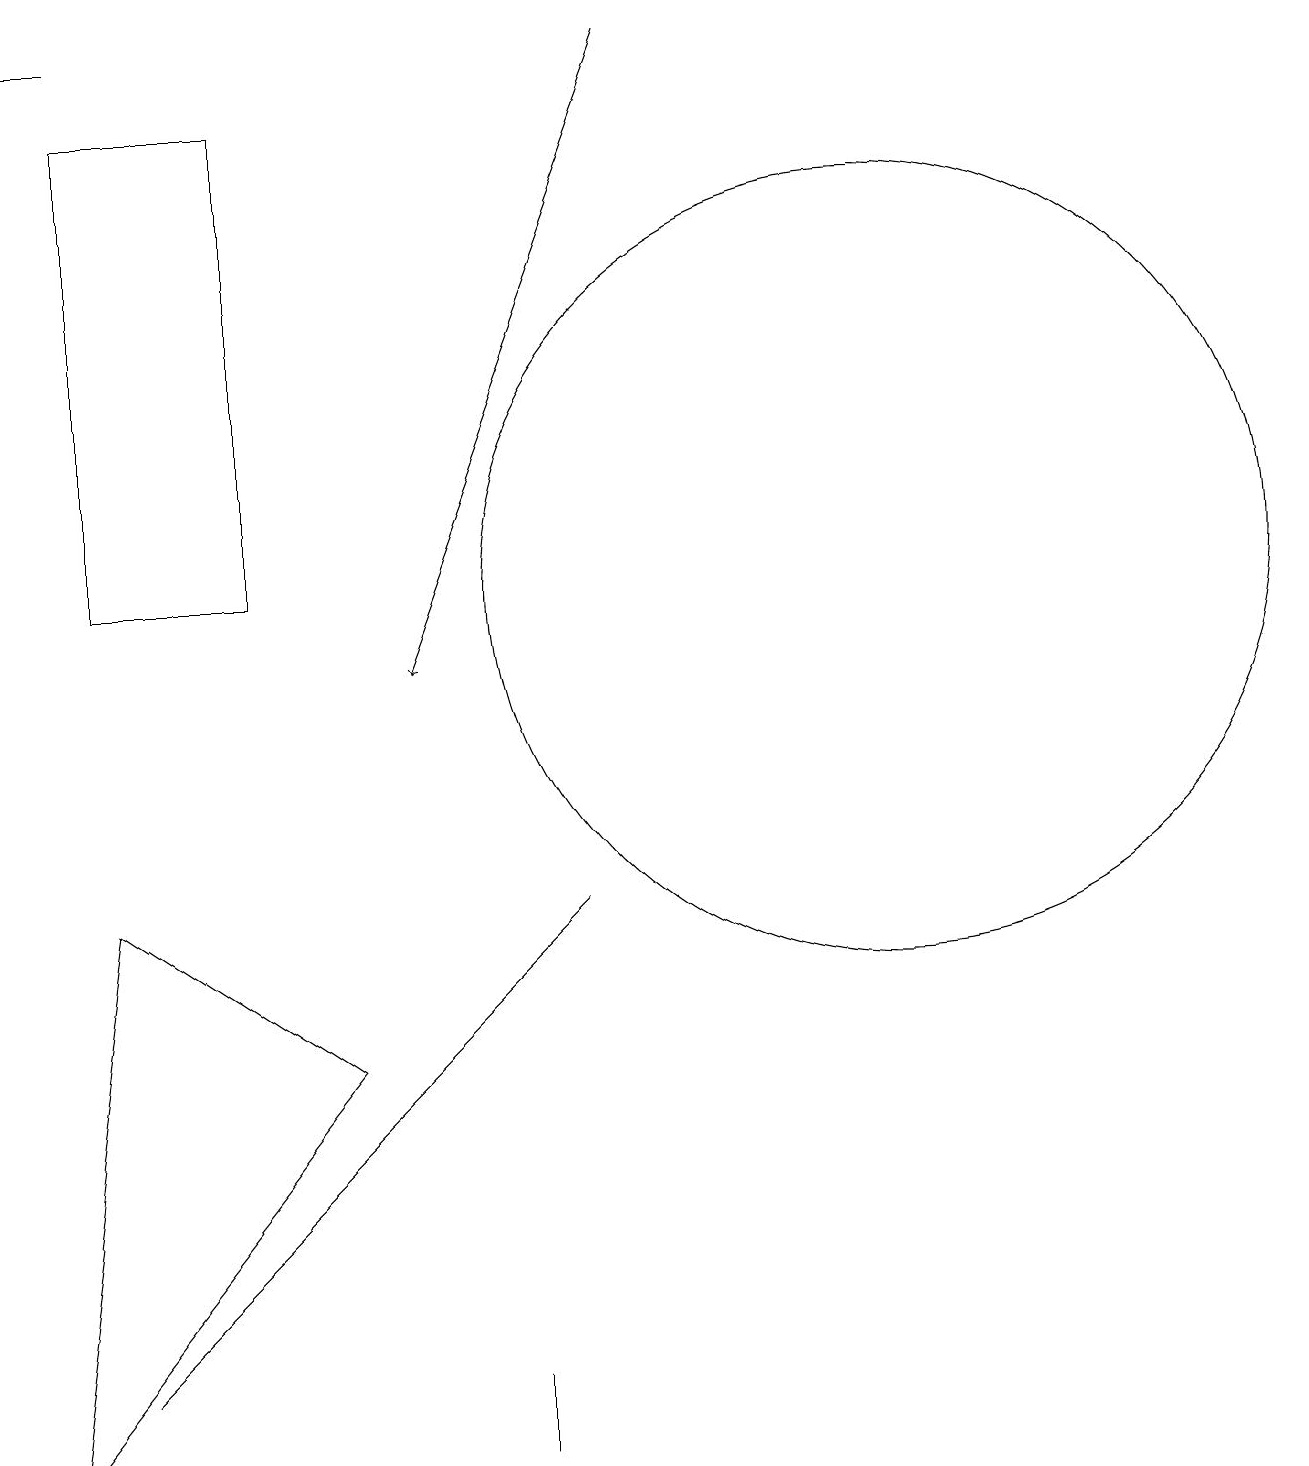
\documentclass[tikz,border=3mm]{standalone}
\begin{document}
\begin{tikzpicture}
\draw (1,19) rectangle (0,19);
\draw[->] (8,19) -- (5,11);
\draw (11,12) circle (5);
\draw (6,2) -- (6,2) -- (6,1) -- cycle;
\draw (1,12) rectangle (3,18);
\draw (0,1) -- (4,6) -- (1,8) -- cycle;
\draw (1,2) -- (7,8) -- (6,7) -- cycle;
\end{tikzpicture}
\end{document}